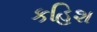
કહિશ